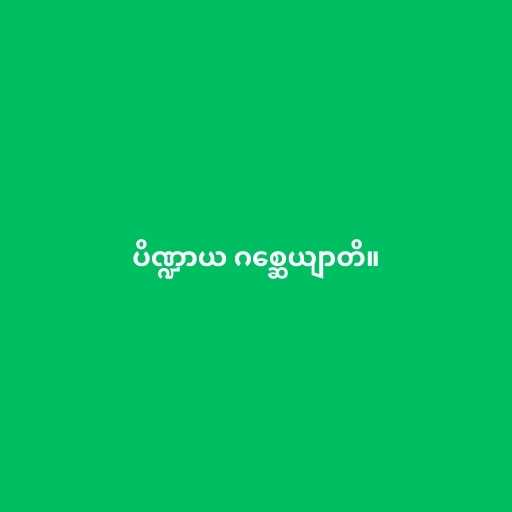
ပိဏ္ဍာယ ဂစ္ဆေယျာတိ။